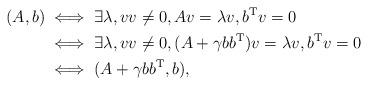
LaTeX: \begin{align*}(A,b) &\iff \exists \lambda, v v \neq 0, A v = \lambda v, b^\mathrm{T} v = 0 \\&\iff \exists \lambda, v v \neq 0, (A + \gamma b b^\mathrm{T})v = \lambda v, b^\mathrm{T} v = 0 \\&\iff (A + \gamma b b^\mathrm{T}, b) ,\end{align*}